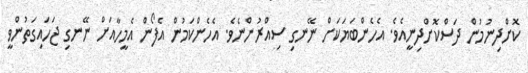
ކޮށްދިނުމުން ދަސްކޮށްދިނީއެވެ. އެހެންބަޔަކަށް ނޭނގި ސިއްރުންނެވެ. އެހެންކަމުން އެފޯން އެމީހާއަށް ނޭނގި ޖަހައިގަތުންވީ